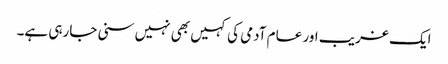
ایک غریب اور عام آدمی کی کہیں بھی نہیں سنی جارہی ہے۔